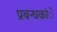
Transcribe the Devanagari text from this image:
प्रबन्धकांे